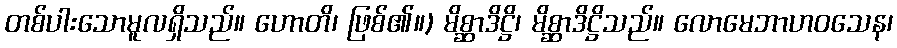
တစ်ပါးသောမူလရှိသည်။ ဟောတိ၊ ဖြစ်၏။) မိစ္ဆာဒိဋ္ဌိ၊ မိစ္ဆာဒိဋ္ဌိသည်။ လောမေဘာဟဝသေန၊